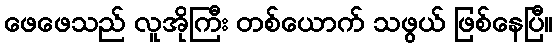
ဖေဖေသည် လူအိုကြီး တစ်ယောက် သဖွယ် ဖြစ်နေပြီ။